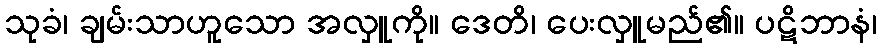
သုခံ၊ ချမ်းသာဟူသော အလှူကို။ ဒေတိ၊ ပေးလှူမည်၏။ ပဋိဘာနံ၊